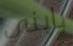
بابني